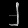
Digit: ၂